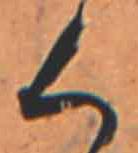
く